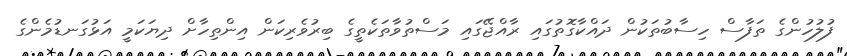
ފުލުހުންގެ ތަފާސް ހިސާބުތަކުން ދައްކާގޮތުގައި ރާއްޖޭގައި މަސްތުވާތަކެތީގެ ބިރުވެރިކަން އިންތިހާށް ދިޔަކަމީ އަޅުގަނޑުމެންގެ